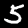
Digit: 5